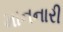
માનનારી